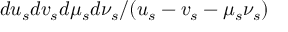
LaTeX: d u _ { s } d v _ { s } d \mu _ { s } d \nu _ { s } / ( u _ { s } - v _ { s } - \mu _ { s } \nu _ { s } )